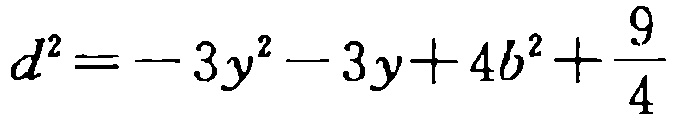
\(d^{2}=-3y^{2}-3y + 4b^{2}+\frac{9}{4}\)